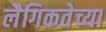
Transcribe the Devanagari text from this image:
लैगिकतेच्या